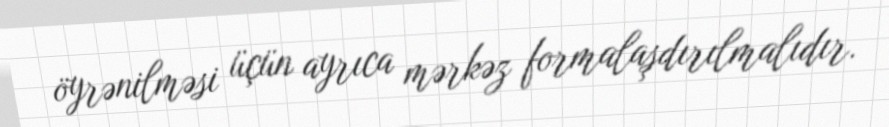
öyrənilməsi üçün ayrıca mərkəz formalaşdırılmalıdır.